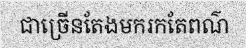
ជាច្រើនតែងមករកតែពណ៌